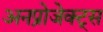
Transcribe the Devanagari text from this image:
अनप्रोजेक्ट्स